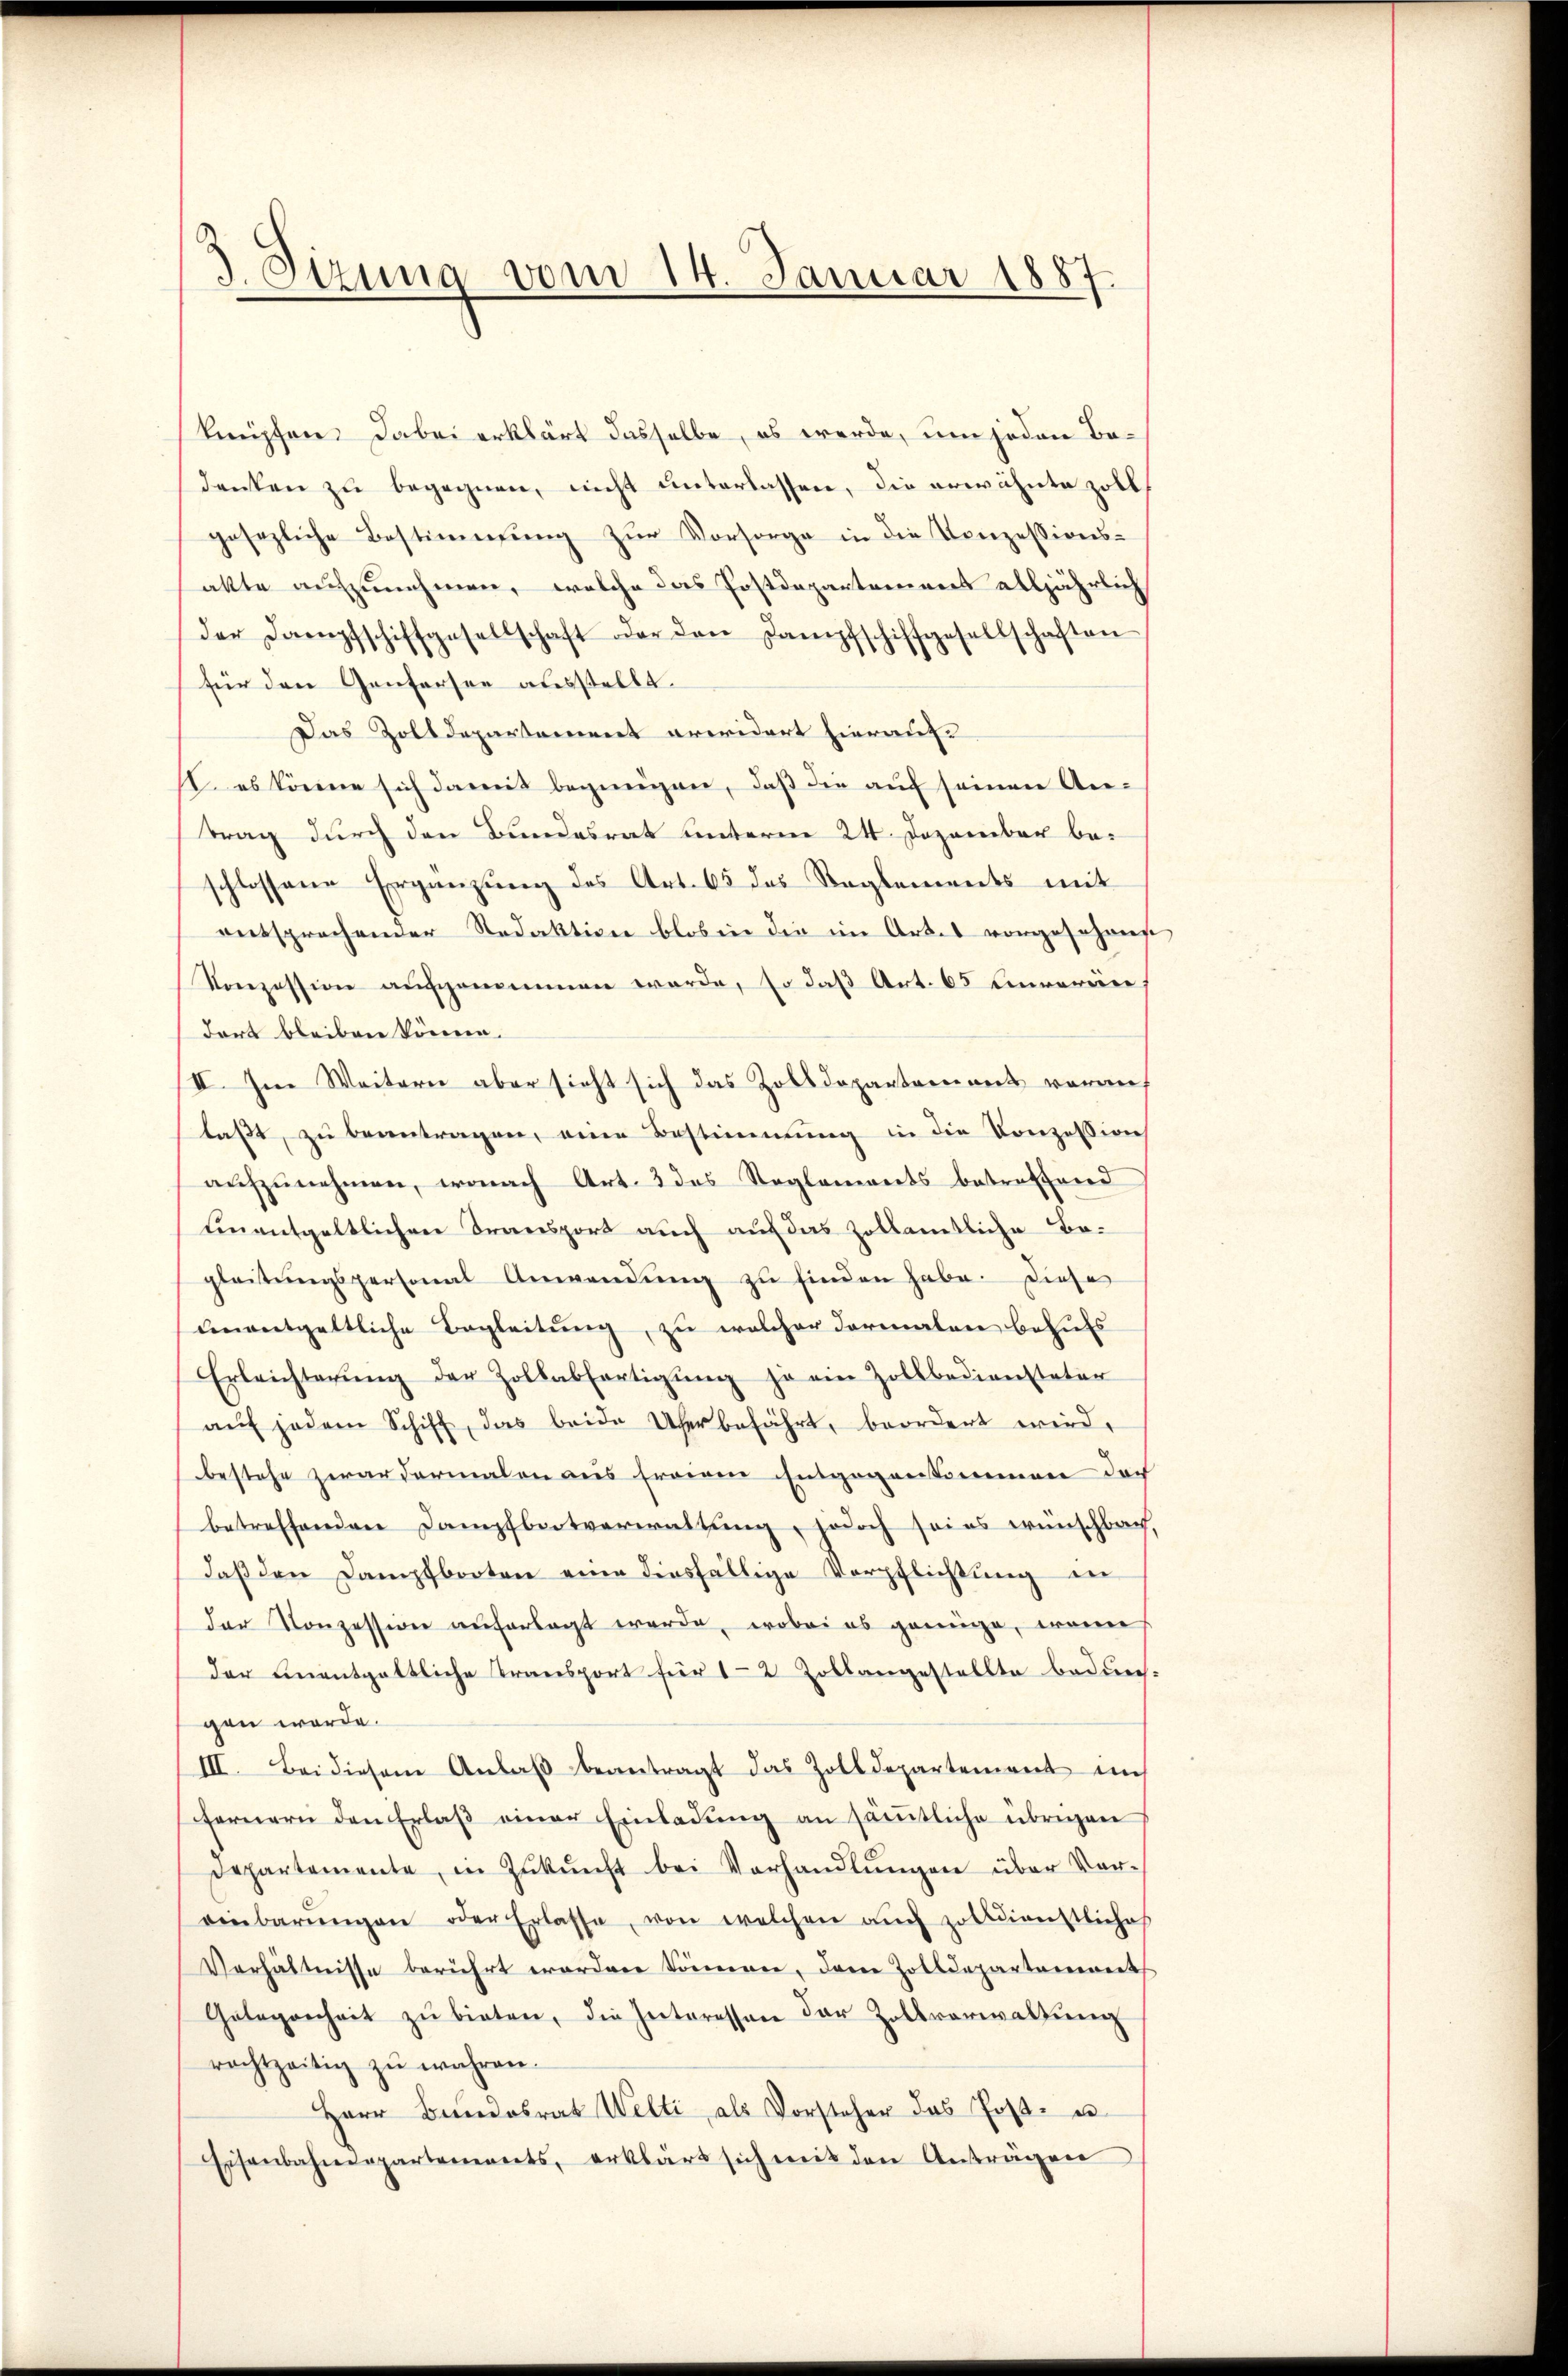
d. Sizung vom 14. Januar 1887.

knüpfen. Dabei erklärt dasselbe, es werde, um jeden Bedenken zu begegnen, nicht unterlassen, die erwähnte zoll
gesezliche Bestimmung zŭr Vorsorge in die Konzessions-
akte aufzunehmen, welche das Postdepartement alljährlich
der Dampfschiffgesellschaft oder den Dampfschiffgesellschaften
für den Genfersee ausstellt.
Das Zolldepartement areidert hierauf¬
II. es könne sich damit begingen, daß die auf seinen Antrag durch den Bundesrat unterm 24. Dezember beschlossene Ergänzung des Art. 65 das Reglements mit
entsprochender Redaktion blos in die im Artes vorgesehens
Konzession aufgenommen werde, so daß Art. 65 Emerin,
dort bleiben könne.
II. Im Weitern aber sieht sich das Zolldepartement vorauf
laßt, zu beantragen, eine Bestimmung in die Konzession
aufzunehmen, wonach Art. 2 das Reglements betreffend
einentgeltlichen Transport auch auf das Zollamtliche Begleitŭngspersonal Anwendŭng zu finden habe. Diese
unentgeltliche Begleitung, zu welcher Formalen behufs
Erleichterŭng der Zollabfertigŭng ja ein Zollbediensteter
aŭf jedem Schiff, das beide Uferbefährt, beordert wird,
bestehe zwar dermalen aus freigen Entgegenkommen doch
betreffenden Dampfbeitverwaltung, jedoch sei es wünschbach,
daβ den Dampfbooten eine diesfällige Verpflichtung in
der Konzession auferlegt werde, wobei es genüge, wenn
der einentgeltliche Transport für 12 Zollangestellte bedun-
gen werde.
III. Bei diesem Anlaβ beantragt das Zolldepartement im
fernern den Erlaβ einer Einladung an sämtliche übrigen
Departemente, in Zŭkŭnft bei Vorhandlŭngen über Vor-
einbarŭngen oder Erlasse, von welchen aŭch zolldienstliches
Verhältnisse berührt worden kommen, dem Zolldepartements
Gelegenheit zŭ bieten, die Interessen der Zollverwaltŭng
rechtzeitig zu wahren.
Herr Bundesrat Welti als Vorsteher das Post- u
Eisenbahndepartements, erklärt sich mit den Anträgen